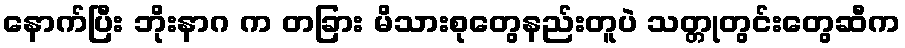
နောက်ပြီး ဘိုးနာဂ က တခြား မိသားစုတွေနည်းတူပဲ သတ္တုတွင်းတွေဆီက